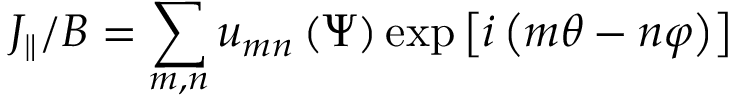
J _ { \parallel } / B = \sum _ { m , n } u _ { m n } \left( \Psi \right) \exp \left[ i \left( m \theta - n \varphi \right) \right]